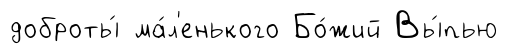
доброты́ ма́л'енького Бо́жий Вы́пью